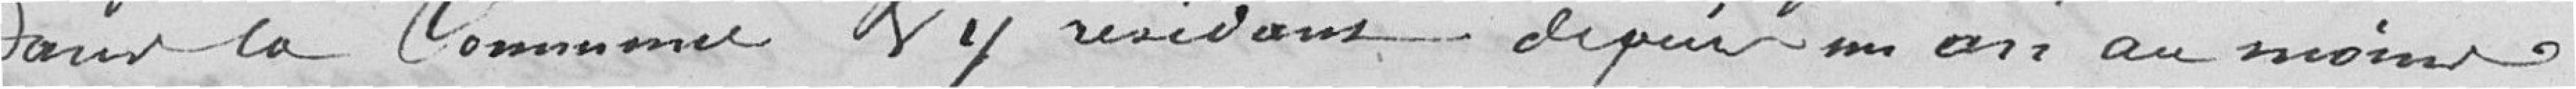
pour la Commune et y résider depuis un an au moins.